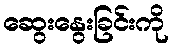
ဆွေးနွေးခြင်းကို